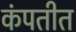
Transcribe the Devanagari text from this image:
कंपतीत